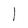
Character: l